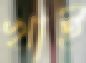
খাই